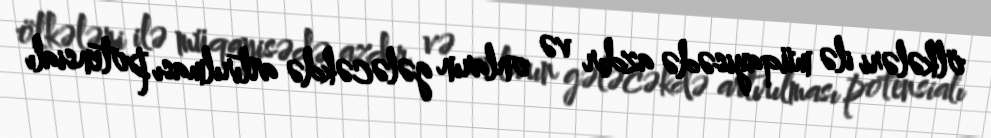
ölkələri ilə müqayisədə azdır və onların gələcəkdə artırılması potensialı